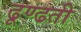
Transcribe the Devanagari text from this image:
ढूण्ढती